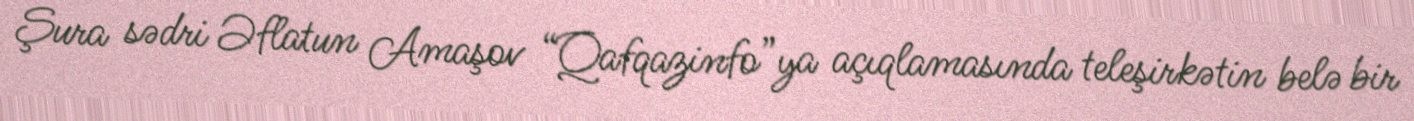
Şura sədri Əflatun Amaşov “Qafqazinfo”ya açıqlamasında teleşirkətin belə bir